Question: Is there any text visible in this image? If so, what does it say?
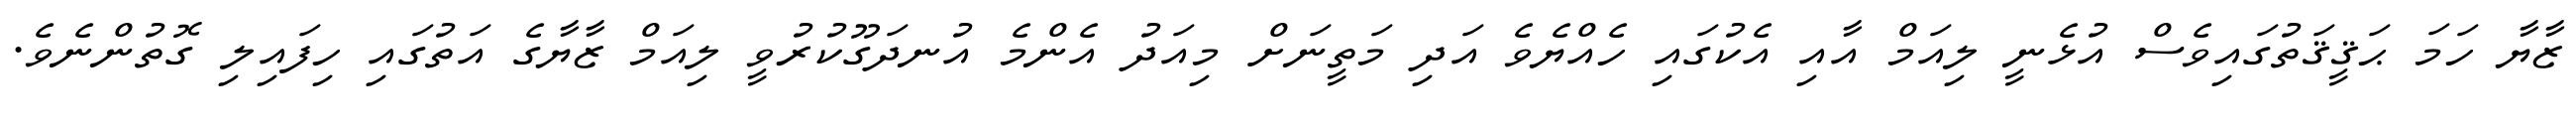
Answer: ޒާޔާ ހަމަ ޙަޤީޤަތުގައިވެސް އުޅެނީ ލިއަމް އާއި އެކުގައި ހެއްޔެވެ އަދި މަތީނަށް މިއަދު އެންމެ އުނދަގޫކުރުވީ ލިއަމް ޒާޔާގެ އަތުގައި ހިފައިލި ގޮތުންނެވެ.